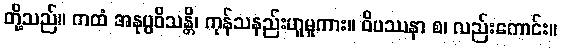
တို့သည်။ ကထံ အနုပ္ပဝိသန္တိ၊ ကုန်သနည်းဟူမူကား။ ဝိပဿနာ စ၊ လည်းကောင်း။